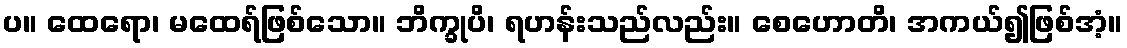
ပ။ ထေရော၊ မထေရ်ဖြစ်သော။ ဘိက္ခုပိ၊ ရဟန်းသည်လည်း။ စေဟောတိ၊ အကယ်၍ဖြစ်အံ့။